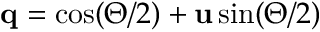
\mathbf { q } = \cos ( \Theta / 2 ) + \mathbf { u } \sin ( \Theta / 2 )